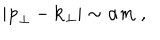
LaTeX: | { \bf p } _ { \perp } - { \bf k } _ { \perp } | \sim \alpha m \; ,